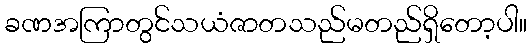
ခဏအကြာတွင်သယံဇာတသည်မတည်ရှိတော့ပါ။